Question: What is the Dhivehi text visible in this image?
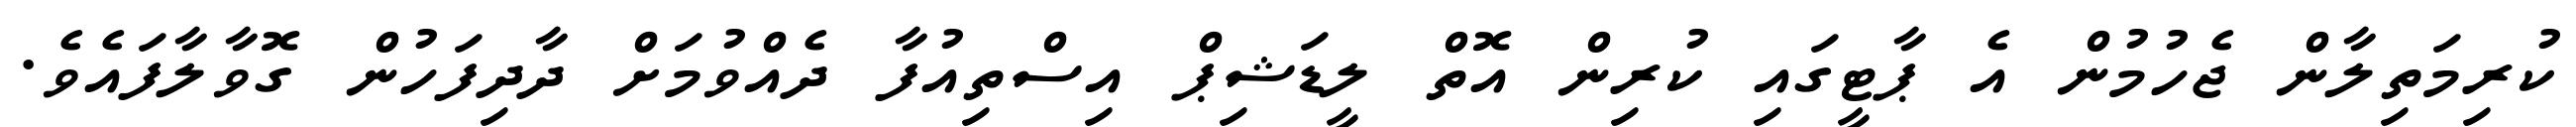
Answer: ކުރިމަތިލާން ޖެހުމުން އެ ޕާޓީގައި ކުރިން އޮތް ލީޑަޝިޕް އިސްތިއުފާ ދެއްވުމަށް ދާދިފަހުން ގޮވާލާފައެވެ.